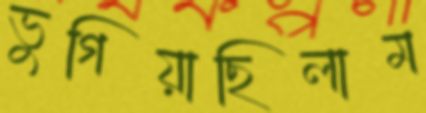
ভুগিয়াছিলাম